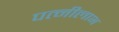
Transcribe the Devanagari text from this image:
पत्नीलाभ